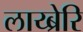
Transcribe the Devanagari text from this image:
लाय्ब्रेरि